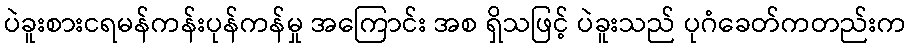
ပဲခူးစားငရမန်ကန်းပုန်ကန်မှု အကြောင်း အစ ရှိသဖြင့် ပဲခူးသည် ပုဂံခေတ်ကတည်းက